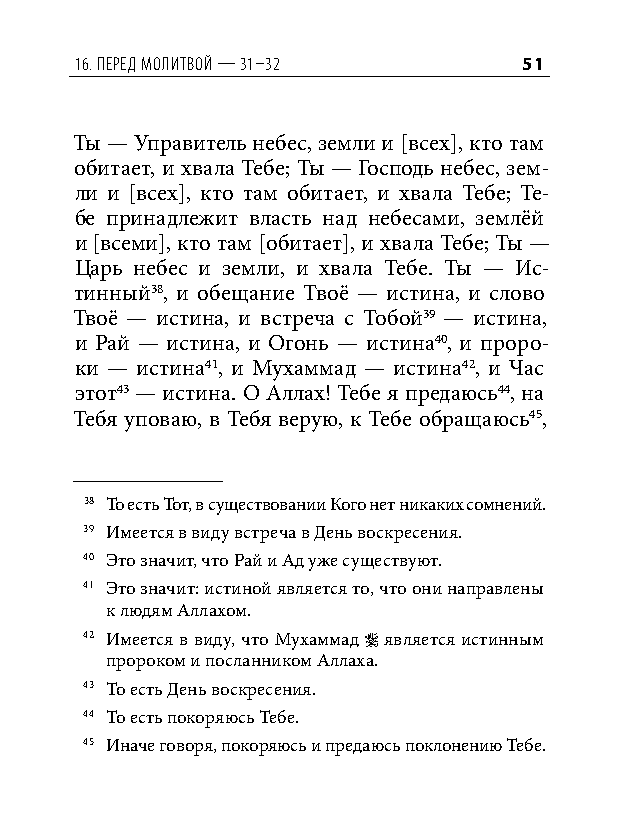
16. Перед молитвой — 31–32    51
 Ты — Управитель небес, земли и [вcех], кто там
 обитает, и хвала Тебе; Ты — Господь небес, зем-
 ли и [вcех], кто там обитает, и хвала Тебе; Те-
 бе принадлежит власть над небесами, землёй
 и [вcеми], кто там [обитает], и хвала Тебе; Ты —
 Царь небес и земли, и хвала Тебе. Ты — Ис-
 тинный38, и обещание Твоё — истина, и слово
 Твоё — истина, и встреча с Тобой39 — истина,
 и Рай — истина, и Огонь — истина40, и проро-
 ки — истина41, и Мухаммад — истина42, и Час
 этот43 — истина. О Аллах! Тебе я предаюсь44, на
 Тебя уповаю, в Тебя верую, к Тебе обращаюсь45,
 38 То есть Тот, в существовании Кого нет никаких сомнений.
 39 Имеется в виду встреча в День воскресения.
 40 Это значит, что Рай и Ад уже существуют.
 41 Это значит: истиной является то, что они направлены
 к людям Аллахом.
 42 Имеется в виду, что Мухаммад  является истинным
 пророком и посланником Аллаха.
 43 То есть День воскресения.
 44 То есть покоряюсь Тебе.
 45 Иначе говоря, покоряюсь и предаюсь поклонению Тебе.